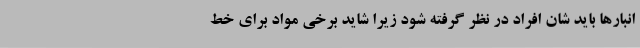
انبارها باید شان افراد در نظر گرفته شود زیرا شاید برخی مواد برای خط